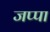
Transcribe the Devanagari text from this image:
जप्पा